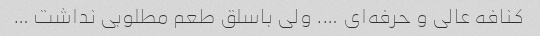
کنافه عالی و حرفه‌ای …. ولی باسلق طعم مطلوبی نداشت …